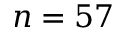
n = 5 7